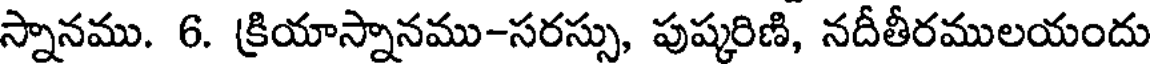
స్నానము. 6. క్రియాస్నానము-సరస్సు, పుష్కరిణి, నదీతీరములయందు